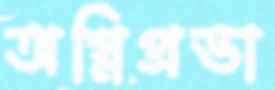
অগ্নিপ্রভা